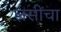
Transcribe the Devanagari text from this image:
लसींचा